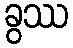
ခွဿ